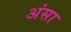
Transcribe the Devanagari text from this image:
अंसा